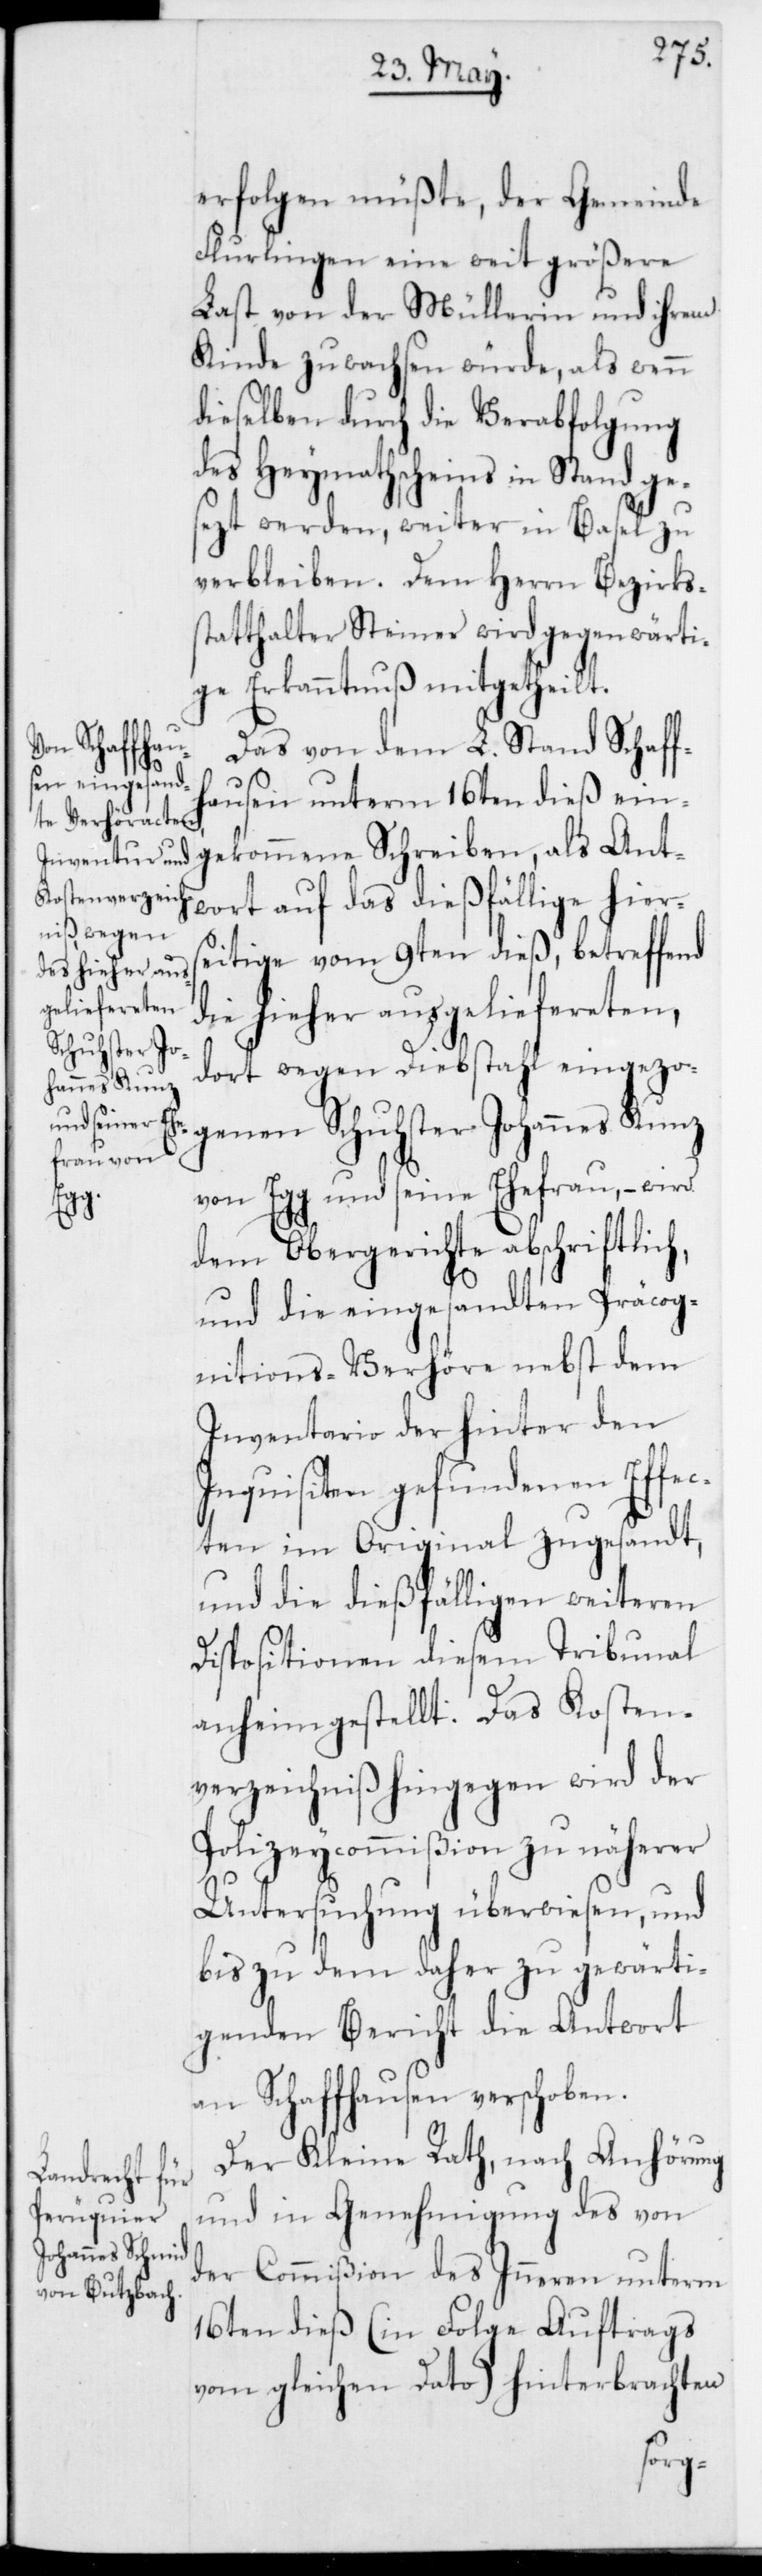
erfolgen müßte, der Gemeinde
Flurlingen eine weit größere
Last von der Müllerin und ihrem
Kinde zuwachsen würde, als wenn
dieselben durch die Verabfolgung
des Heymathscheins in Stand ge¬
sezt werden, weiter in Basel zu
verbleiben. Dem Herrn Bezirkss¬
tatthalter Steiner wird gegenwärti¬
ge Erkanntnuß mitgetheilt.
Das von dem L. Stand Schaff¬
hausen unterm 16ten dieß ein¬
gekommene Schreiben, als Ant¬
wort auf das dießfällige hiers¬
eitige vom 9ten dieß, betreffend
die hieher ausgeliefereten,
dort wegen Diebstahl eingezo¬
genen Schuhster Johannes Kunz
von Egg und seine Ehefrau, – wird
dem Obergerichte abschriftlich,
und die eingesandten Präcog¬
nitions-Verhöre nebst dem
Inventario der hinter den
Inquisiten gefundenen Effec¬
ten im Original zugesandt,
und die dießfälligen weiteren
Dispositionen diesem Tribunal
anheimgestellt. Das Kosten¬
verzeichniß hingegen wird der
Polizeycommißion zu näherer
Untersuchung überwiesen, und
bis zu dem daher zu gewärti¬
genden Bericht die Antwort
an Schaffhausen verschoben.
Der Kleine Rath, nach Anhörung
und in Genehmigung des von
der Commißion des Inneren unterm
16ten dieß (in Folge Auftrags
vom gleichen Dato) hinterbrachten